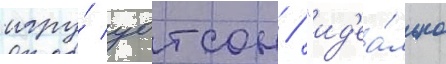
игру́ уотсон / "ид'еа́льно